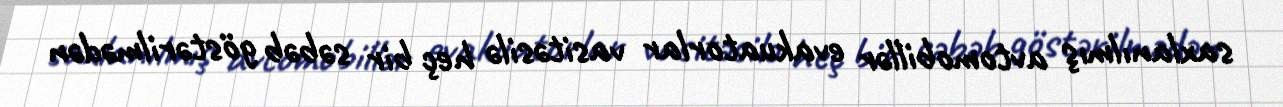
saxlanılmış avtomobillər evakuatorlar vasitəsilə heç bir səbəb göstərilmədən